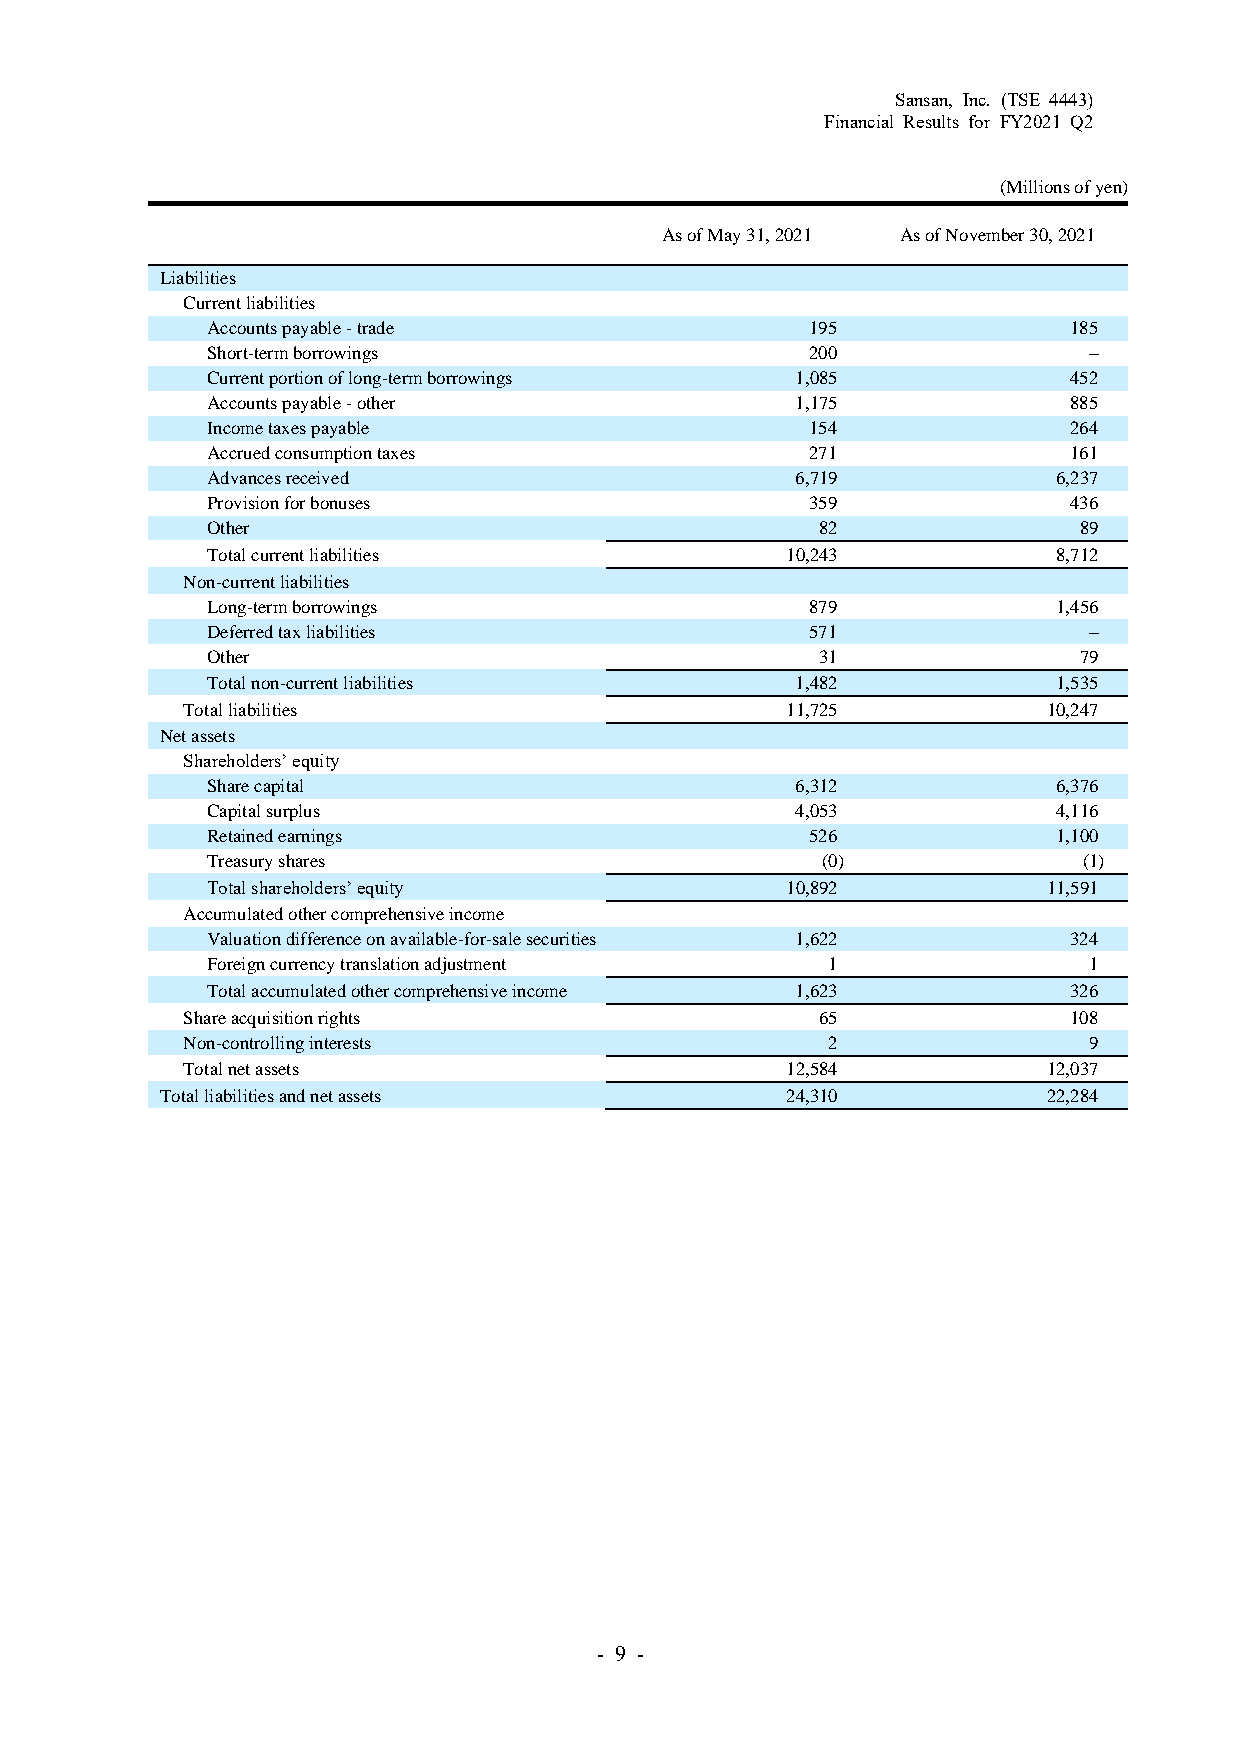
Sansan, Inc. (TSE 4443)
 Financial Results for FY2021 Q2
 (Millions of yen)
 As of May 31, 2021 As of November 30, 2021
 Liabilities
 Current liabilities
 Accounts payable - trade                195              185
 Short-term borrowings                   200               –
 Current portion of long-term borrowings 1,085            452
 Accounts payable - other               1,175             885
 Income taxes payable                    154              264
 Accrued consumption taxes               271              161
 Advances received                      6,719            6,237
 Provision for bonuses                   359              436
 Other                                   82               89
 Total current liabilities             10,243            8,712
 Non-current liabilities
 Long-term borrowings                    879             1,456
 Deferred tax liabilities                571               –
 Other                                   31               79
 Total non-current liabilities          1,482            1,535
 Total liabilities                       11,725           10,247
 Net assets
 Shareholders’ equity
 Share capital                          6,312            6,376
 Capital surplus                        4,053            4,116
 Retained earnings                       526             1,100
 Treasury shares                         (0)               (1)
 Total shareholders’ equity            10,892           11,591
 Accumulated other comprehensive income
 Valuation difference on available-for-sale securities 1,622 324
 Foreign currency translation adjustment  1                1
 Total accumulated other comprehensive income 1,623       326
 Share acquisition rights                  65               108
 Non-controlling interests                  2                9
 Total net assets                        12,584           12,037
 Total liabilities and net assets         24,310           22,284
 - 9 -